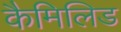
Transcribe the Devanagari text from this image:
कैमिलिड